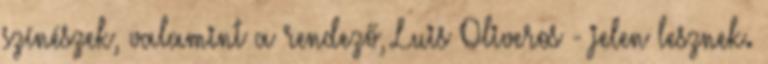
színészek, valamint a rendező, Luis Oliveros - jelen lesznek.